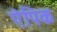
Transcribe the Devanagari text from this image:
ऐपिक